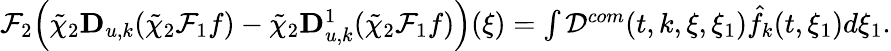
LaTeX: \begin{array}{r}{\mathcal{F}_{2}\Big(\tilde{\chi}_{2}\mathbf{D}_{u,k}(\tilde{\chi}_{2}\mathcal{F}_{1}{f})-\tilde{\chi}_{2}\mathbf{D}_{u,k}^{1}(\tilde{\chi}_{2}\mathcal{F}_{1}{f})\Big)(\xi)=\int\mathcal{D}^{com}(t,k,\xi,\xi_{1})\hat{f}_{k}(t,\xi_{1})d\xi_{1}.}\end{array}